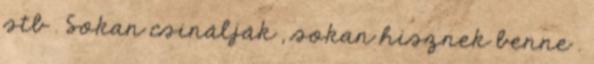
stb . Sokan csinálják , sokan hisznek benne .